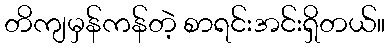
တိကျမှန်ကန်တဲ့ စာရင်းအင်းရှိတယ်။